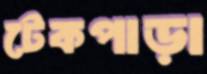
টেকপাড়া